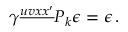
\gamma ^ { \underline { { { u v x x ^ { \prime } } } } } { \cal P } _ { k } \epsilon = \epsilon \, .